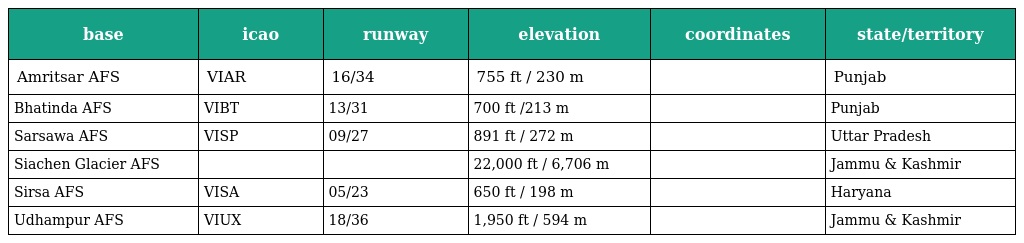
| base | icao | runway | elevation | coordinates | state/territory |
 | --- | --- | --- | --- | --- | --- |
 | Amritsar AFS | VIAR | 16/34 | 755 ft / 230 m |  | Punjab |
 | Bhatinda AFS | VIBT | 13/31 | 700 ft /213 m |  | Punjab |
 | Sarsawa AFS | VISP | 09/27 | 891 ft / 272 m |  | Uttar Pradesh |
 | Siachen Glacier AFS |  |  | 22,000 ft / 6,706 m |  | Jammu & Kashmir |
 | Sirsa AFS | VISA | 05/23 | 650 ft / 198 m |  | Haryana |
 | Udhampur AFS | VIUX | 18/36 | 1,950 ft / 594 m |  | Jammu & Kashmir |